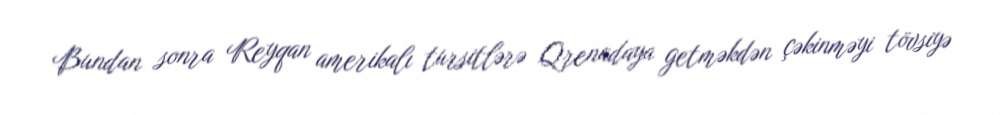
Bundan sonra Reyqan amerikalı tursitlərə Qrenadaya getməkdən çəkinməyi tövsiyə